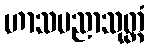
ဟာသပညာသုတ္တံ